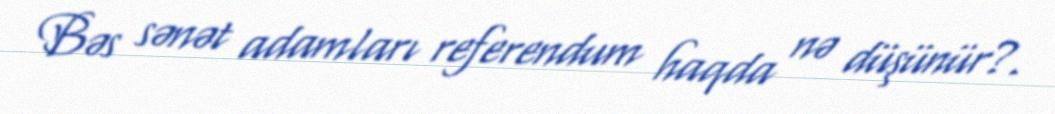
Bəs sənət adamları referendum haqda nə düşünür?.